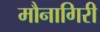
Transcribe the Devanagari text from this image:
मौनागिरी